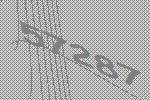
57287